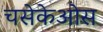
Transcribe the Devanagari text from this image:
चसेकेओस